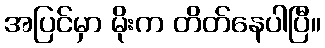
အပြင်မှာ မိုးက တိတ်နေပါပြီ။